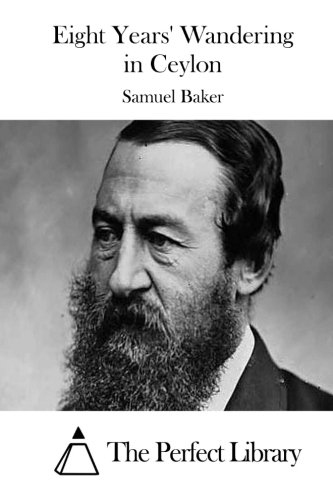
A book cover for Eight Years' Wandering in Ceylon; Samuel Baker; Travel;